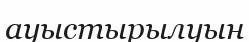
ауыстырылуын